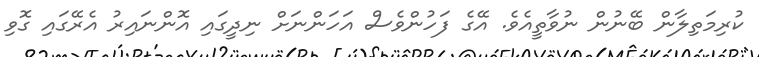
ކުރިމަތިލާން ބޭނުން ނުވާތީއެވެ. އޭގެ ފަހުންވެސް އަހަންނަށް ނިދީގައި އޮންނައިރު އެރޭގައި ގޮވި